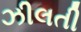
ઝીલતી